Vaccine operations Central Provinces & Berar 1912-1920 - 1912-1920
Year: 1912
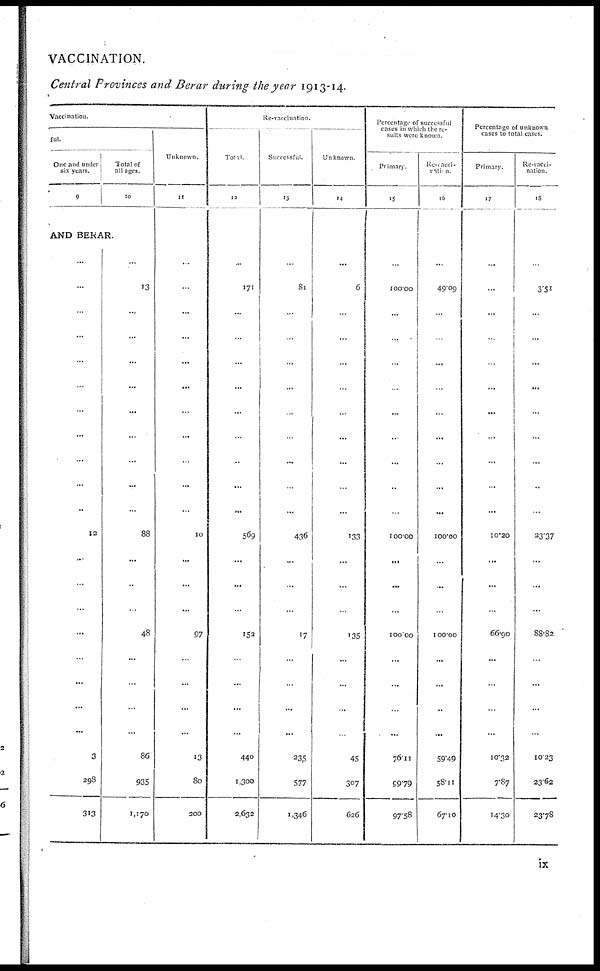
VACCINATION.
Central Provinces and Berar during the year 1913-14.
Vaccination.
ful.
One and under
six years.
9
Total of
all ages.
10
AND BERAR.
...
...
...
...
...
...
...
...
...
...
...
12
...
...
...
...
...
...
...
...
3
298
313
...
13
...
...
...
...
...
...
...
...
...
88
...
...
...
48
...
...
...
...
86
935
1,170
Unknown.
11
...
...
...
...
...
...
...
...
...
...
...
10
...
...
...
97
...
...
...
...
13
80
200
Re-vaccination.
Total.
12
...
171
...
...
...
...
...
...
...
...
...
569
...
...
...
152
...
...
...
...
440
1,300
2,632
Successful.
13
...
81
...
...
...
...
...
...
...
...
...
436
...
...
...
17
...
...
...
...
235
577
1,346
Unknown.
14
...
6
...
...
...
...
...
...
...
...
...
133
...
...
...
135
...
...
...
...
45
307
626
Percentage of successful
cases in which the re-
sults were known.
Primary.
15
...
100.00
...
...
...
...
...
...
...
...
...
100.00
...
...
...
100.00
...
...
...
...
76.11
99.79
97.58
Re-vacci¬
nation.
16
...
49.09
...
...
...
...
...
...
...
...
...
100.00
...
...
...
100.00
...
...
...
...
59.49
58.11
67.10
Percentage of unknown
cases to total cases.
Primary.
17
...
...
...
...
...
...
...
...
...
...
...
10.20
...
...
...
66.90
...
...
...
...
10.32
7.87
14.30
Re-vacci-
nation.
18
...
3.51
...
...
...
...
...
...
...
...
...
23.37
...
...
...
88.82
...
...
...
...
10.23
23.62
23.78
ix